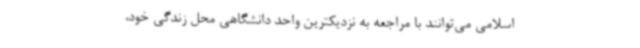
اسلامی می‌توانند با مراجعه به نزدیکترین واحد دانشگاهی محل زندگی خود،